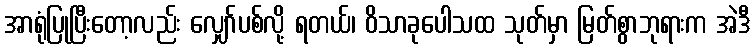
အာရုံပြုပြီးတော့လည်း လျှော်ပစ်လို့ ရတယ်၊ ဝိသာခုပေါသထ သုတ်မှာ မြတ်စွာဘုရားက အဲဒီ